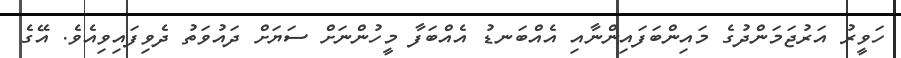
ހަވީރު އަރުޖަމަންދުގެ މައިންބަފައިންނާއި އެއްބަނޑު އެއްބަފާ މީހުންނަށް ސަޔަށް ދައުވަތު ދެވިފައިވިއެވެ. އޭގެ